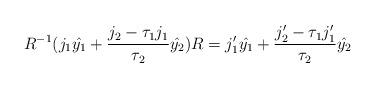
LaTeX: \begin{align*}R^{-1}(j_1\hat{y_1}+\frac{j_2-\tau_1j_1}{\tau_2}\hat{y_2})R=j'_1\hat{y_1}+\frac{j'_2-\tau_1j'_1}{\tau_2}\hat{y_2}\end{align*}